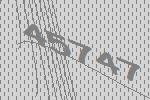
45747